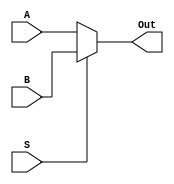
`timescale 1ns / 1ps

module Mux_2x1(
    input [63:0] A,
    input [63:0] B,
    input S,
    output [63:0] Out
    );
    assign Out = (S == 1'b0) ? A : B;
endmodule